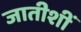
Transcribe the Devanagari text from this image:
जातीशीं